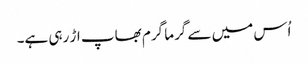
اُس میں سے گرما گرم بھاپ اڑ رہی ہے۔